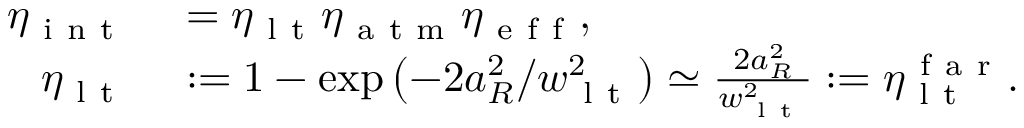
\begin{array} { r l } { \eta _ { \mathrm { ~ i ~ n ~ t ~ } } } & { { } = \eta _ { \mathrm { ~ l ~ t ~ } } \eta _ { \mathrm { ~ a ~ t ~ m ~ } } \eta _ { \mathrm { ~ e ~ f ~ f ~ } } , } \\ { \eta _ { \mathrm { ~ l ~ t ~ } } } & { { } : = 1 - \exp \left( - 2 a _ { R } ^ { 2 } / w _ { \mathrm { ~ l ~ t ~ } } ^ { 2 } \right) \simeq \frac { 2 a _ { R } ^ { 2 } } { w _ { \mathrm { ~ l ~ t ~ } } ^ { 2 } } : = \eta _ { \mathrm { ~ l ~ t ~ } } ^ { \mathrm { ~ f ~ a ~ r ~ } } . } \end{array}